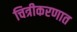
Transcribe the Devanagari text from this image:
चित्रीकरणात